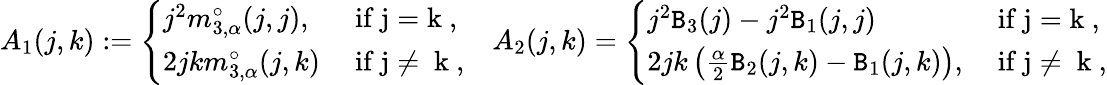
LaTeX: \begin{array}{r}{A_{1}(j,k):=\left\{ \begin{array}{ll}{j^{2}m_{3,\alpha}^{\circ}(j,j),}&{\mathrm{~if~j=k~,}}\\ {2jkm_{3,\alpha}^{\circ}(j,k)}&{\mathrm{~if~j\ne~k~},}\end{array}\right.\quad A_{2}(j,k)=\left\{ \begin{array}{ll}{j^{2}\mathtt{B}_{3}(j)-j^{2}\mathtt{B}_{1}(j,j)}&{\mathrm{~if~j=k~},}\\ {2jk\left(\frac{\alpha}2\mathtt{B}_{2}(j,k)-\mathtt{B}_{1}(j,k)\right),}&{\mathrm{~if~j\ne~k~,}}\end{array}\right.}\end{array}